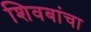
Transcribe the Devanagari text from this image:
शिवबांचा